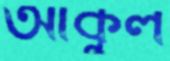
আকুল